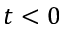
t < 0